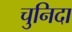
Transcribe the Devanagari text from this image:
चुनिदा